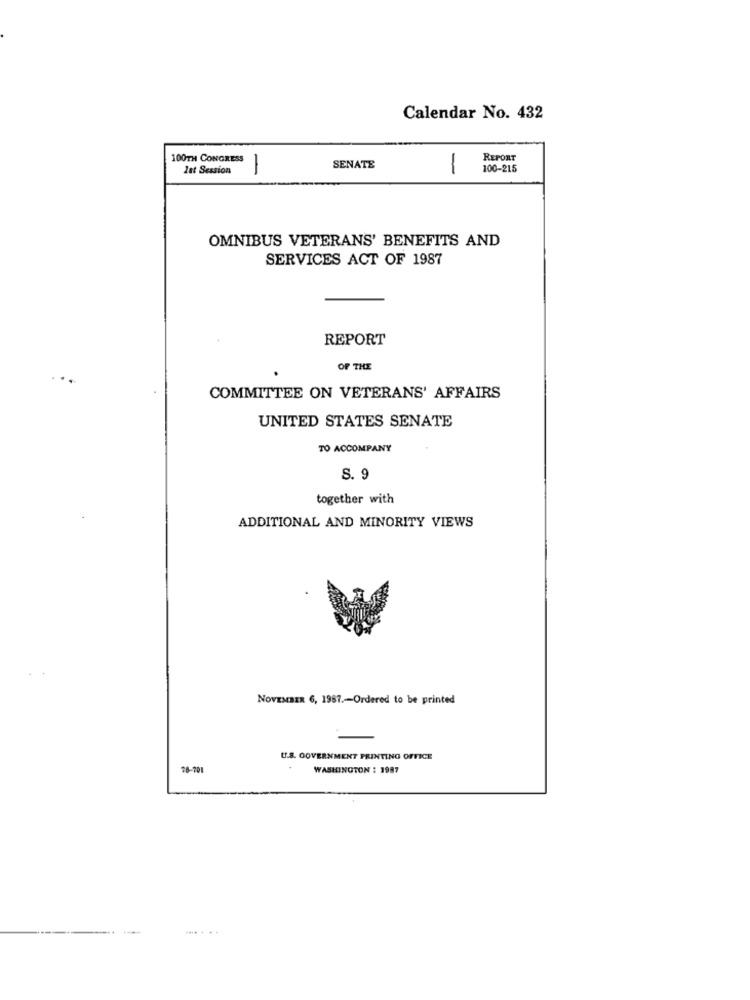
Calendar No. 432
100TH CONGRESS
REPORT
Zat Session
1
SENATE
1
100-215
OMNIBUS VETERANS' BENEFITS AND
SERVICES ACT OF 1987
REPORT
OF THE
COMMITTEE ON VETERANS' AFFAIRS
UNITED STATES SENATE
TO ACCOMPANY
S. 9
together with
ADDITIONAL AND MINORITY VIEWS
NOVEMBER 6, 1967 .- Ordered to be printed
U.S. GOVERNMENT PRINTING OFFICE
78-701
WASHINGTON : 1987
.... . ..